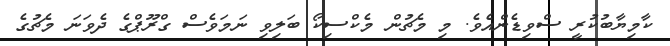
ކާމިޔާބުކުރީ ސްވިޑެންއެވެ. މި މެޗުން މެކްސިކޯ ބަލިވި ނަމަވެސް ގްރޫޕްގެ ދެވަނަ މެޗުގެ